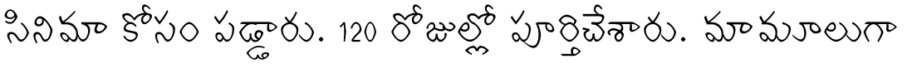
సినిమా కోసం పడ్డారు. 120 రోజుల్లో పూర్తిచేశారు. మామూలుగా